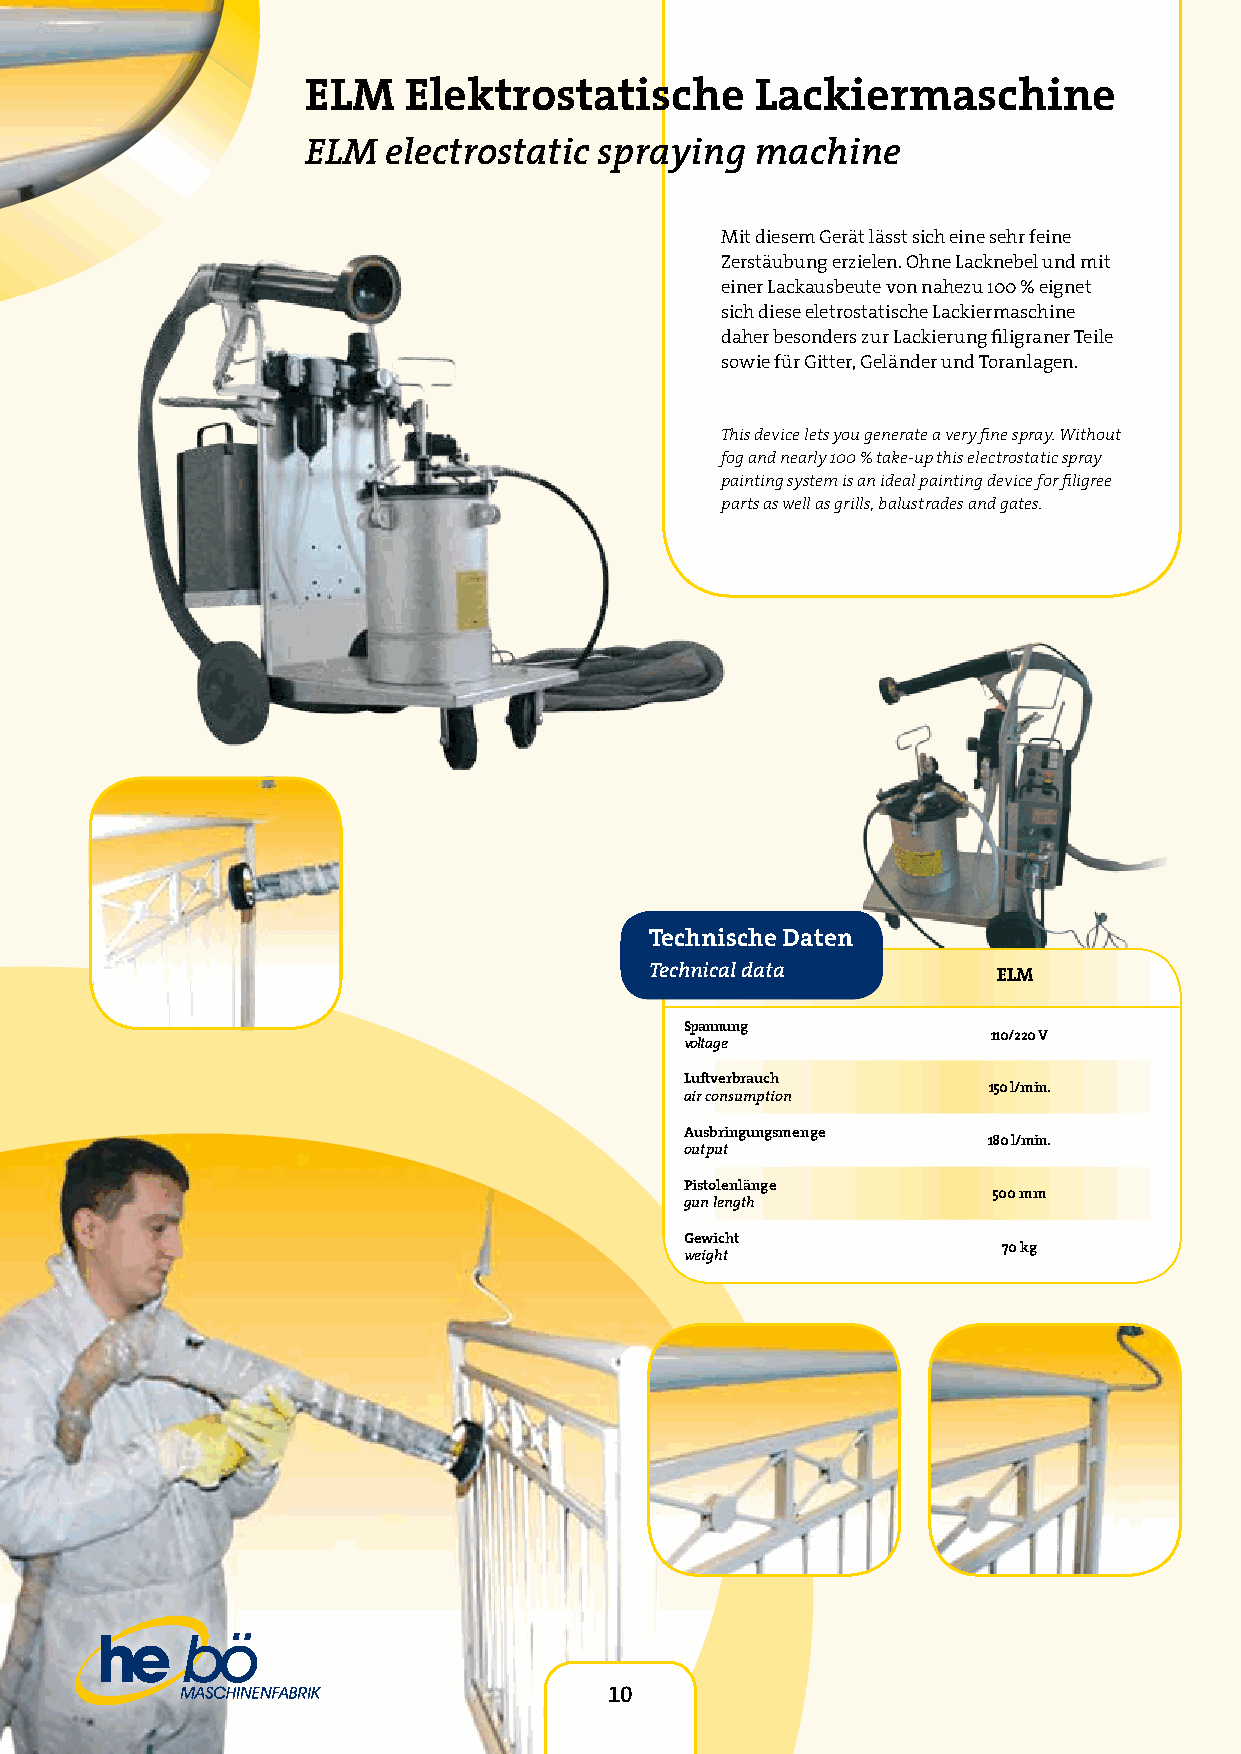
ELM    Elektrostatische       Lackiermaschine
 ELM  electrostatic  spraying  machine
 Mit diesem Gerät lässt sich eine sehr feine
 Zerstäubung erzielen. Ohne Lacknebel und mit
 einer Lackausbeute von nahezu 100 % eignet
 sich diese eletrostatische Lackiermaschine
 daher besonders zur Lackierung filigraner Teile
 sowie für Gitter, Geländer und Toranlagen.
 This device lets you generate a very fine spray. Without
 fog and nearly 100 % take-up this electrostatic spray
 painting system is an ideal painting device for filigree
 parts as well as grills, balustrades and gates.
 Technische Daten
 Technical data         ELM
 Spannung
 110/220 V
 voltage
 Luftverbrauch
 150 l/min.
 air consumption
 Ausbringungsmenge
 180 l/min.
 output
 Pistolenlänge
 500 mm
 gun length
 Gewicht
 70 kg
 weight
 10
 10